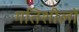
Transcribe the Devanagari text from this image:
गतिशीलों